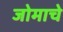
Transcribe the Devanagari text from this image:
जोमाचे